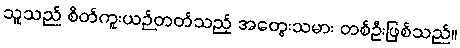
သူသည် စိတ်ကူးယဉ်တတ်သည့် အတွေးသမား တစ်ဦးဖြစ်သည်။